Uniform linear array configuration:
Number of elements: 4
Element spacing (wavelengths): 0.75
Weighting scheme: kaiser
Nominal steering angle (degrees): -60
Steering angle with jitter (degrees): -61.013
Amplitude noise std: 0.05
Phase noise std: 0.05

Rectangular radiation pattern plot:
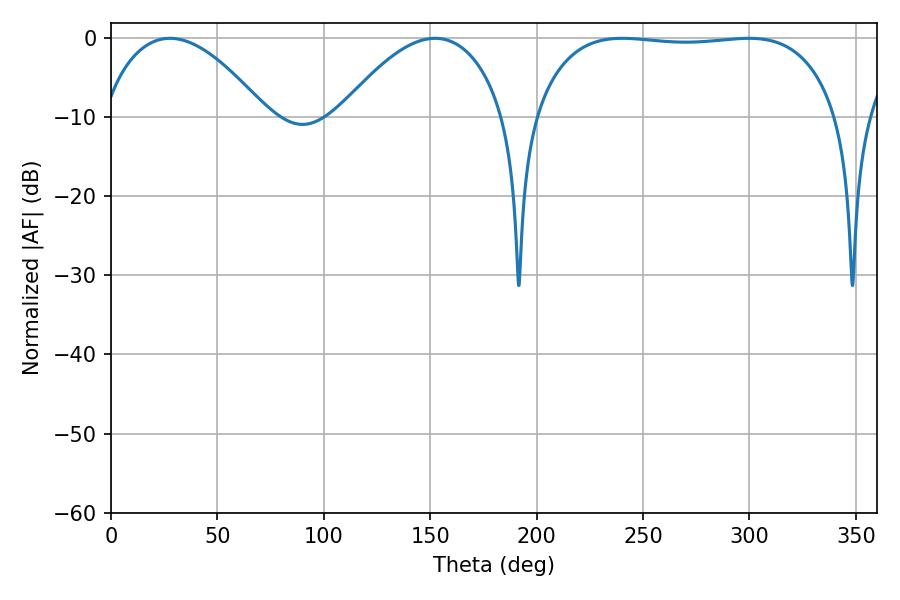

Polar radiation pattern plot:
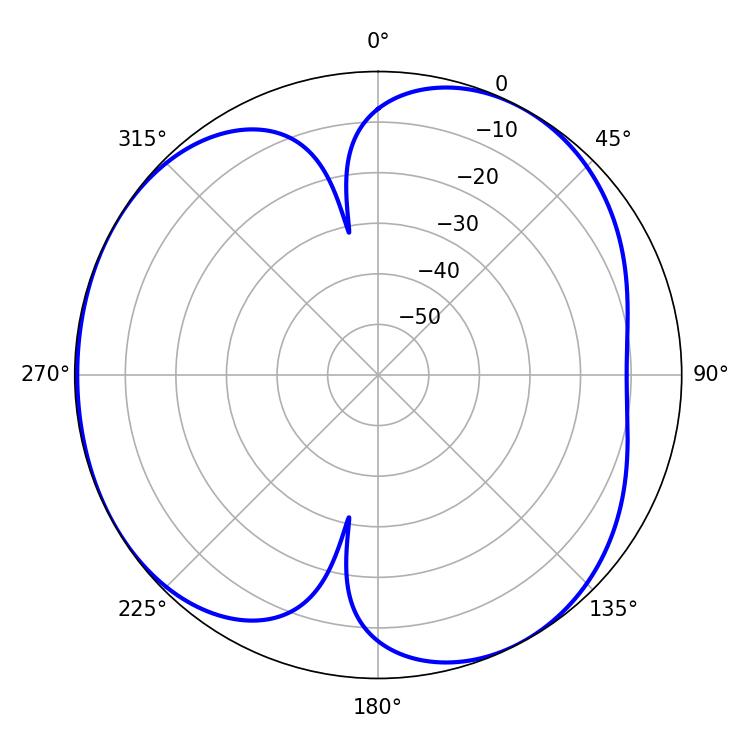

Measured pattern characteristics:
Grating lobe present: TRUE
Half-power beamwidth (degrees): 42.66
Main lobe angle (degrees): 27.72